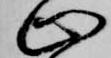
止